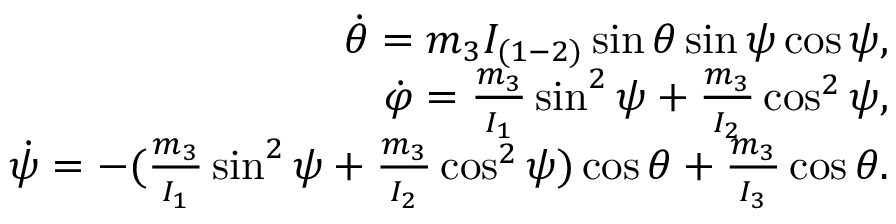
\begin{array} { r } { \dot { \theta } = m _ { 3 } I _ { ( 1 - 2 ) } \sin \theta \sin \psi \cos \psi , } \\ { \dot { \varphi } = \frac { m _ { 3 } } { I _ { 1 } } \sin ^ { 2 } \psi + \frac { m _ { 3 } } { I _ { 2 } } \cos ^ { 2 } \psi , } \\ { \dot { \psi } = - ( \frac { m _ { 3 } } { I _ { 1 } } \sin ^ { 2 } \psi + \frac { m _ { 3 } } { I _ { 2 } } \cos ^ { 2 } \psi ) \cos \theta + \frac { m _ { 3 } } { I _ { 3 } } \cos \theta . } \end{array}